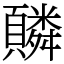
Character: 䫰